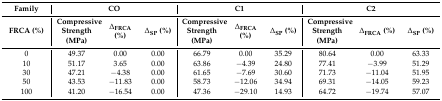
<table><thead><tr><td><b>Family</b></td><td colspan="3"><b>CO</b></td><td colspan="3"><b>C1</b></td><td colspan="3"><b>C2</b></td></tr><tr><td><b>FRCA (%)</b></td><td><b>Compressive Strength (MPa)</b></td><td><b>Δ<sub>FRCA</sub> (%)</b></td><td><b>Δ<sub>SP</sub> (%)</b></td><td><b>Compressive Strength (MPa)</b></td><td><b>Δ<sub>FRCA</sub> (%)</b></td><td><b>Δ<sub>SP</sub> (%)</b></td><td><b>Compressive Strength (MPa)</b></td><td><b>Δ<sub>FRCA</sub> (%)</b></td><td><b>Δ<sub>SP</sub> (%)</b></td></tr></thead><tbody><tr><td>0</td><td>49.37</td><td>0.00</td><td>0.00</td><td>66.79</td><td>0.00</td><td>35.29</td><td>80.64</td><td>0.00</td><td>63.33</td></tr><tr><td>10</td><td>51.17</td><td>3.65</td><td>0.00</td><td>63.86</td><td>−4.39</td><td>24.80</td><td>77.41</td><td>−3.99</td><td>51.29</td></tr><tr><td>30</td><td>47.21</td><td>−4.38</td><td>0.00</td><td>61.65</td><td>−7.69</td><td>30.60</td><td>71.73</td><td>−11.04</td><td>51.95</td></tr><tr><td>50</td><td>43.53</td><td>−11.83</td><td>0.00</td><td>58.73</td><td>−12.06</td><td>34.94</td><td>69.31</td><td>−14.05</td><td>59.23</td></tr><tr><td>100</td><td>41.20</td><td>−16.54</td><td>0.00</td><td>47.36</td><td>−29.10</td><td>14.93</td><td>64.72</td><td>−19.74</td><td>57.07</td></tr></tbody></table>